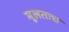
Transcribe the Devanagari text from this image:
मूलतःच